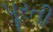
પૂરતી